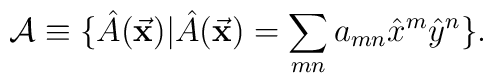
{\cal A} \equiv \{ \hat A ( {\vec {\bf x}} ) | \hat A ({\vec {\bf x}})  =      \sum_{mn} a_{mn} {\hat x}^m {\hat y}^n \}.